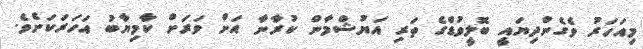
މިއަހަރު ވެގެންދިޔައީ ބޮލީވުޑްގެ ތަރި އަޔުޝްމާން ކުރާނާ އަށް ވަރަށް ކާމިޔާބު އަހަރަކަށެވެ.